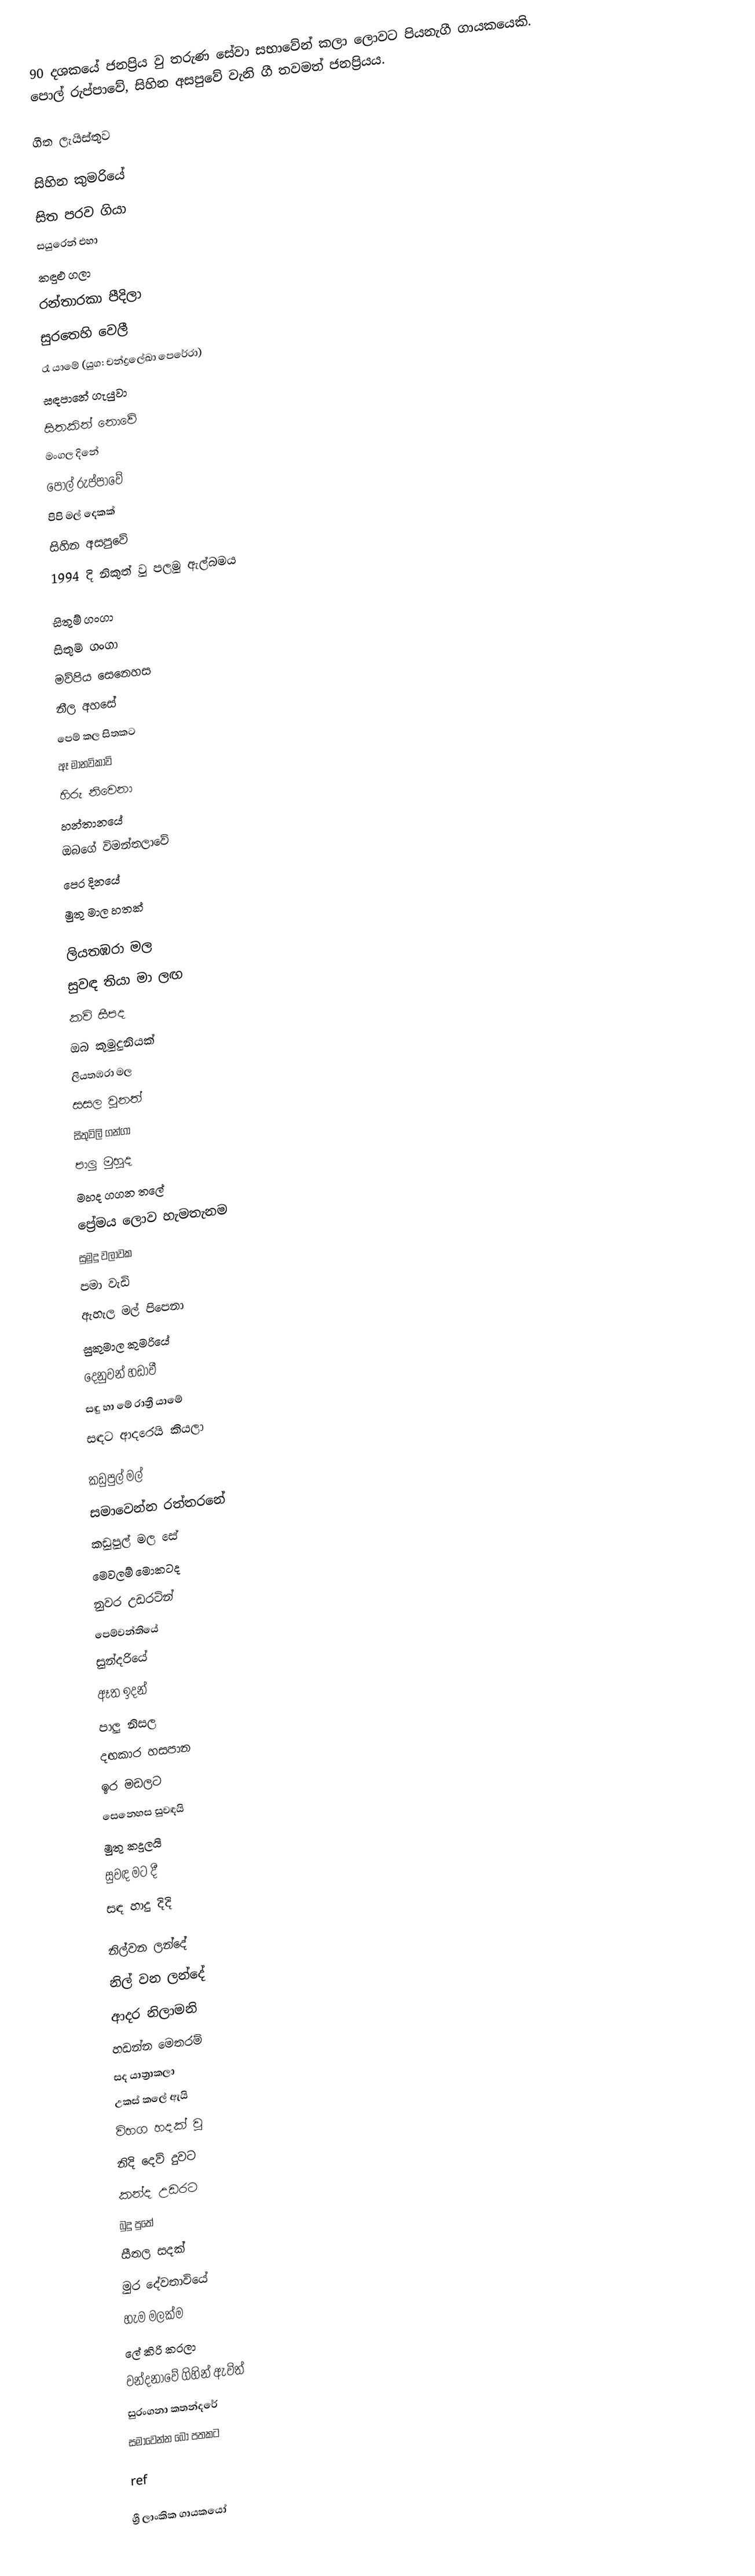
90 දශකයේ ජනප්‍රිය වු තරුණ සේවා සභාවේන් කලා ලොවට පියනැගී ගායකයෙකි. පොල් රුප්පාවේ, සිහින අසපුවේ වැනි ගී තවමත් ජනප්‍රියය.

ගීත ලැයිස්තුව

සිහින කුමරියේ
 සිත පරව ගියා
 සයුරෙන් එහා
 කඳුළු ගලා
 රන්තාරකා පීදිලා
 සුරතෙහි වෙලී
 රෑ යාමේ (යුග: චන්ද්‍රලේඛා පෙරේරා)
 සඳපානේ ගැයුවා
 සිතකින් නොවේ
 මංගල දිනේ
 පොල් රුප්පාවේ
 පිපි මල් දෙකක්
 සිහින අසපුවේ
 1994 දි නිකුත් වු පලමු ඇල්බමය

සිතුම් ගංගා
 සිතුම් ගංගා
 මව්පිය සෙනෙහස
 නීල අහසේ
 පෙම් කල සිතකට
 ඈ මානවිකාවි
 හිරු නිවෙනා
 හන්තානයේ
 ඔබගේ විමන්තලාවේ
 පෙර දිනයේ
 මුතු මාල හතක්

ලියතඹරා මල
 සුවඳ තියා මා ලඟ
 කවි සීපද
 ඔබ කුමුදුනියක්
 ලියතඹරා මල
 සසල වුනත්
 සිතුවිලි ගන්ගා
 පාලු මුහුද
 මහද ගගන තලේ
 ප්‍රේමය ලොව හැමතැනම
 සුමුදු වලාවක
 පමා වැඩි
 ඇහැල මල් පිපෙනා
 සුකුමාල කුමරියේ
 දෙනුවන් හඩාවී
 සඳු හා මේ රාත්‍රී යාමේ
 සඳට ආදරෙයි කියලා

කඩුපුල් මල්
 සමාවෙන්න රත්තරනේ
 කඩුපුල් මල සේ
 මෙවලම් මොකටද
 නුවර උඩරටින්
 පෙම්වන්තියේ
 සුන්දරියේ
 ඈත ඉදන්
 පාලු නිසල
 දඟකාර හසපාන
 ඉර මඩලට
 සෙ⁣නෙහස සුවඳයි
 මුතු කදුලයි
 සුවඳ මට දී
 සඳ හාදු දිදි

නිල්වන ලන්දේ
 නිල් වන ලන්දේ
 ආදර නිලාමනි
 හඩන්න මෙතරම්
 සද යාත්‍රාකලා
 උකස් කලේ ඇයි
 විහග හදක් වු
 නිදි දෙව් දුවට
 කන්ද උඩරට
 බුදු පුතේ
 සීතල සදක්
 මුර දේවතාවියේ
 හැම මලක්ම
 ලේ කිරි කරලා
 වන්දනාවේ ගිහින් ඇවිත්
 සුරංගනා කතන්දරේ
 සමාවෙන්න බෝ පතකට

ref

ශ්‍රී ලාංකික ගායකයෝ